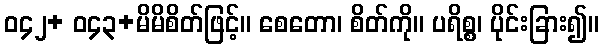
ဝ၄၂+ ဝ၄၃+မိမိစိတ်ဖြင့်။ စေတော၊ စိတ်ကို။ ပရိစ္စ၊ ပိုင်းခြား၍။